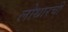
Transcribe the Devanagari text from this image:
लोथारची